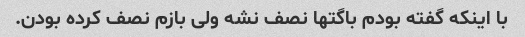
با اینکه گفته بودم باگتها نصف نشه ولی بازم نصف کرده بودن.